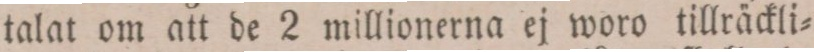
talat om att de 2 millionera ej woro tillräckli=